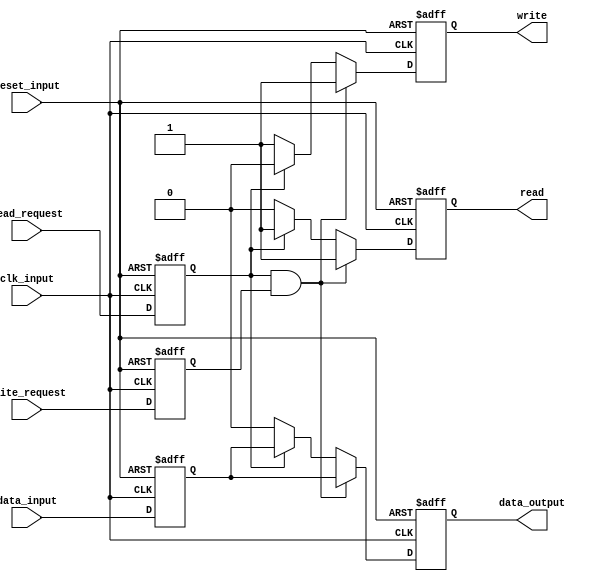
module timing_control(
    input wire clk_input,
    input wire reset_input,
    input wire read_request,
    input wire write_request,
    input wire data_input,
    output reg read,
    output reg write,
    output reg data_output
);

reg read_request_sync;
reg write_request_sync;
reg data_input_sync;

always @(posedge clk_input or posedge reset_input) begin
    if (reset_input) begin
        read_request_sync <= 1'b0;
        write_request_sync <= 1'b0;
        data_input_sync <= 1'b0;
        read <= 1'b0;
        write <= 1'b0;
        data_output <= 1'b0;
    end else begin
        read_request_sync <= read_request;
        write_request_sync <= write_request;
        data_input_sync <= data_input;

        if (read_request_sync && write_request_sync) begin
            read <= 1'b1;
            write <= 1'b1;
            data_output <= data_input_sync;
        end else if (read_request_sync) begin
            read <= 1'b1;
            write <= 1'b0;
            data_output <= data_input_sync;
        end else begin
            read <= 1'b0;
            write <= 1'b1;
            data_output <= 1'b0;
        end
    end
end

endmodule